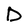
Character: D